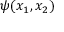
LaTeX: \psi ( x _ { 1 } , x _ { 2 } )